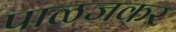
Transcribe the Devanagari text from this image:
पाळजकर